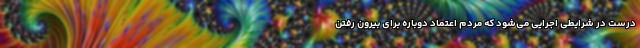
درست در شرایطی اجرایی می‌شود که مردم اعتماد دوباره برای بیرون رفتن